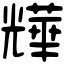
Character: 㒯